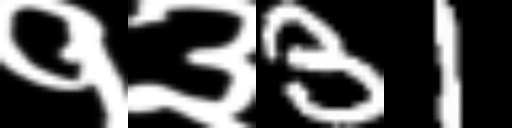
Text: १३31